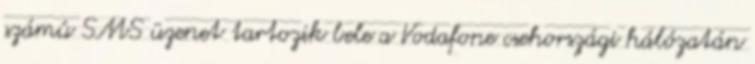
számú SMS üzenet tartozik bele a Vodafone csehországi hálózatán